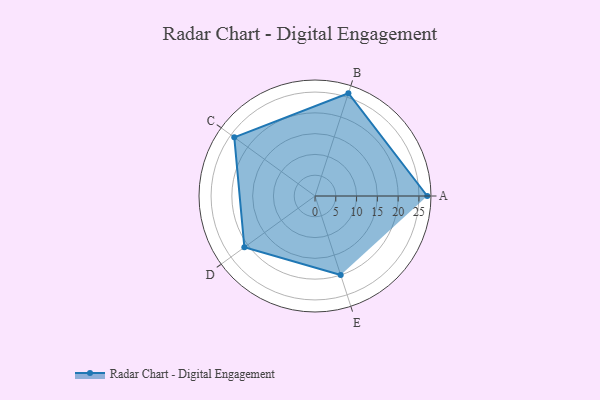
{"axis": {"x": "Skill", "y": "Score"}, "legend": ["Profile"], "data": [{"x": "A", "y": 27.0, "type": "Profile"}, {"x": "B", "y": 26.0, "type": "Profile"}, {"x": "C", "y": 24.0, "type": "Profile"}, {"x": "D", "y": 21.0, "type": "Profile"}, {"x": "E", "y": 20, "type": "Profile"}]}